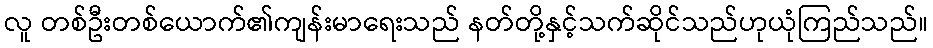
လူ တစ်ဦးတစ်ယောက်၏ကျန်းမာရေးသည် နတ်တို့နှင့်သက်ဆိုင်သည်ဟုယုံကြည်သည်။